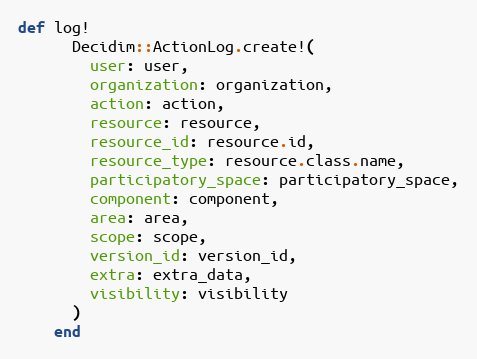
Language: Ruby
def log!
      Decidim::ActionLog.create!(
        user: user,
        organization: organization,
        action: action,
        resource: resource,
        resource_id: resource.id,
        resource_type: resource.class.name,
        participatory_space: participatory_space,
        component: component,
        area: area,
        scope: scope,
        version_id: version_id,
        extra: extra_data,
        visibility: visibility
      )
    end